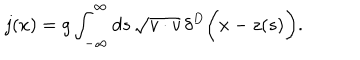
j ( x ) = g \int _ { - \infty } ^ { \infty } d s \, \sqrt { v \cdot v } \, \delta ^ { D } \biggl ( x - z ( s ) \biggr ) .